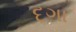
દગા